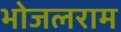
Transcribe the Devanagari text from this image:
भोजलराम